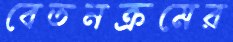
বেতনক্রমের